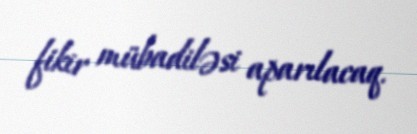
fikir mübadiləsi aparılacaq.